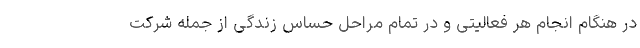
در هنگام انجام هر فعالیتی و در تمام مراحل حساس زندگی از جمله شرکت